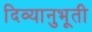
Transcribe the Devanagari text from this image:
दिव्यानुभूती